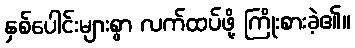
နှစ်ပေါင်းများစွာ လက်ထပ်ဖို့ ကြိုးစားခဲ့၏။